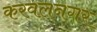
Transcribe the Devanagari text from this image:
करवलनगर